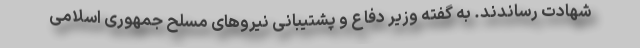
شهادت رساندند. به گفته وزیر دفاع و پشتیبانی نیروهای مسلح جمهوری اسلامی